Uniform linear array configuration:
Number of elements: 12
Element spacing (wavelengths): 0.75
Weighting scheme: blackman
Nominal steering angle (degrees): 15
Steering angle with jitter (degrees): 16.19
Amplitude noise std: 0.05
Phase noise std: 0.05

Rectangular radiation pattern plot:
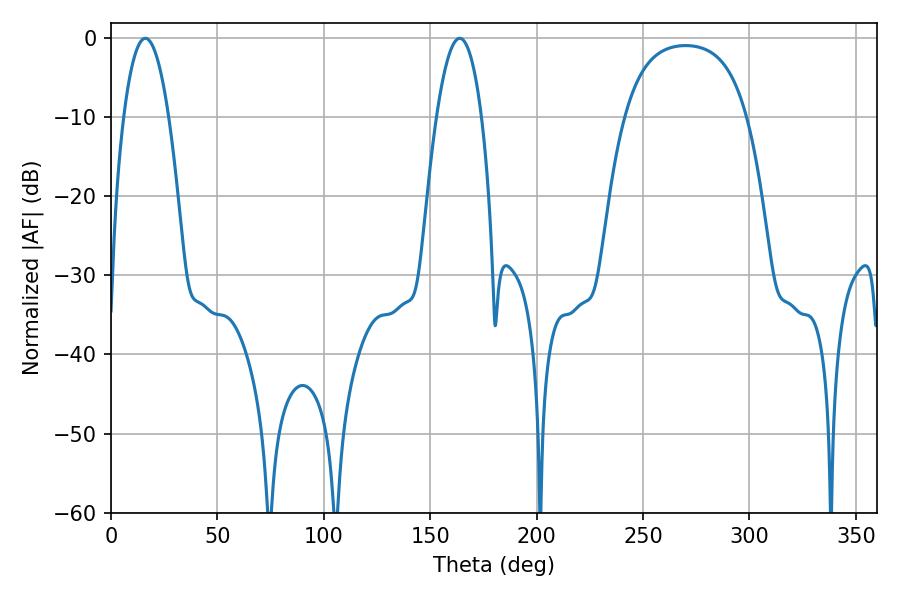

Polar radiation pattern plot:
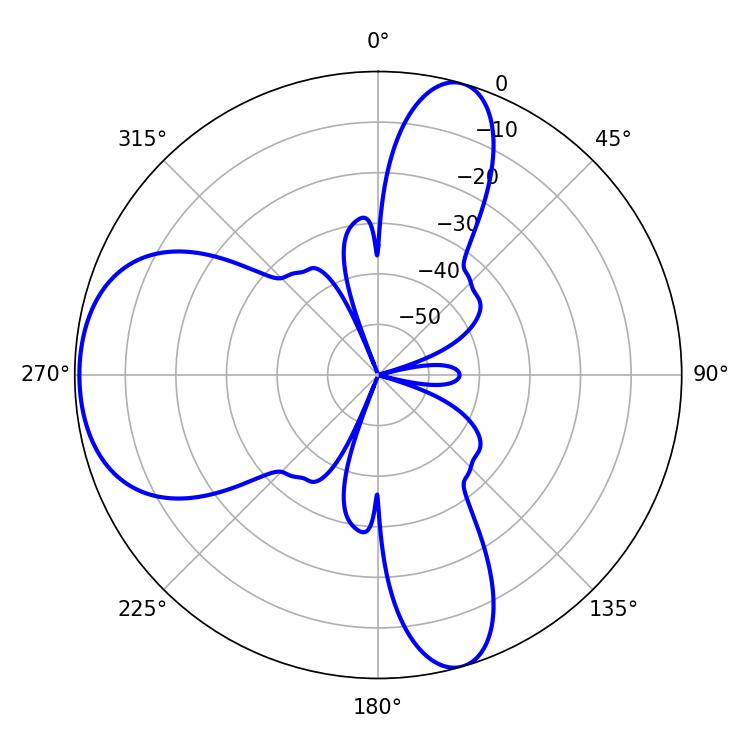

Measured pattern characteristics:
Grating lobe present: TRUE
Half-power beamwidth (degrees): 11.7
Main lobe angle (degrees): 16.2